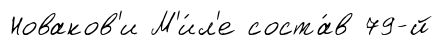
Новаков'и М'и́л'е соста́в 79-й